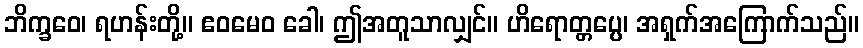
ဘိက္ခဝေ၊ ရဟန်းတို့။ ဧဝမေဝ ခေါ၊ ဤအတူသာလျှင်။ ဟိရောတ္တပ္ပေ၊ အရှက်အကြောက်သည်။